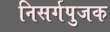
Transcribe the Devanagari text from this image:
निसर्गपुजक